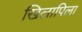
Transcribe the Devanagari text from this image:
खिलापिला